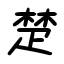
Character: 楚